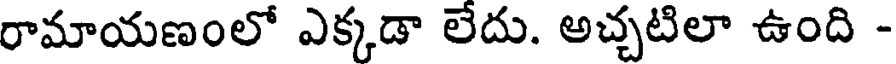
రామాయణంలో ఎక్కడా లేదు. అచ్చటిలా ఉంది -